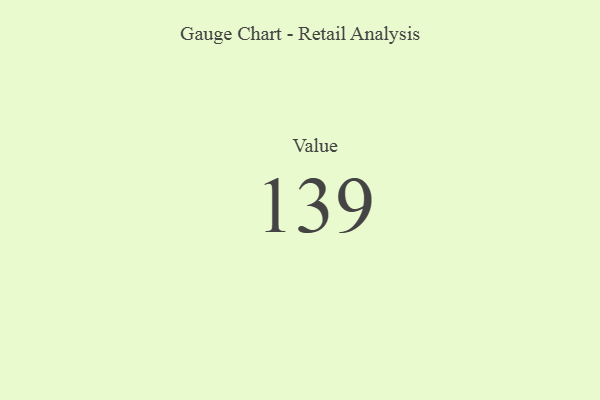
{"axis": {"x": "Metric", "y": "Value"}, "legend": [""], "data": [{"x": "Value", "y": 139, "type": ""}]}